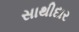
સાથીદાર